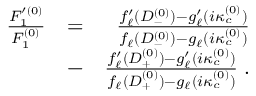
\begin{array} { r l r } { \frac { F _ { 1 } ^ { \prime ( 0 ) } } { F _ { 1 } ^ { ( 0 ) } } } & { = } & { \frac { f _ { \ell } ^ { \prime } ( D _ { - } ^ { ( 0 ) } ) - g _ { \ell } ^ { \prime } ( i \kappa _ { c } ^ { ( 0 ) } ) } { f _ { \ell } ( D _ { - } ^ { ( 0 ) } ) - g _ { \ell } ( i \kappa _ { c } ^ { ( 0 ) } ) } } \\ & { - } & { \frac { f _ { \ell } ^ { \prime } ( D _ { + } ^ { ( 0 ) } ) - g _ { \ell } ^ { \prime } ( i \kappa _ { c } ^ { ( 0 ) } ) } { f _ { \ell } ( D _ { + } ^ { ( 0 ) } ) - g _ { \ell } ( i \kappa _ { c } ^ { ( 0 ) } ) } \; . } \end{array}